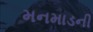
મનમાડની